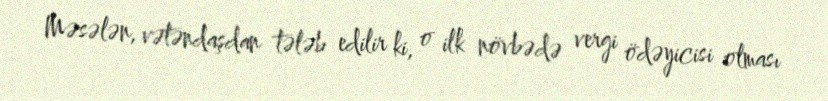
Məsələn, vətəndaşdan tələb edilir ki, o ilk növbədə vergi ödəyicisi olması